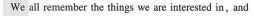
we all remember the things we are interested in,and